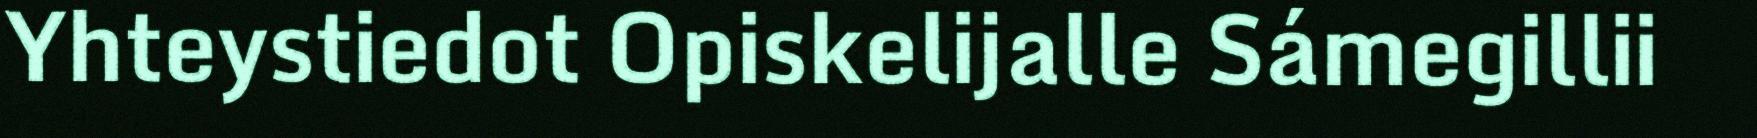
Yhteystiedot Opiskelijalle Sámegillii